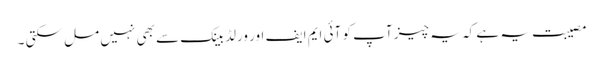
مصیبت یہ ہے کہ یہ چیز آپ کو آئی ایم ایف اور ورلڈ بینک سے بھی نہیں مل سکتی ۔